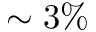
\sim 3 \%